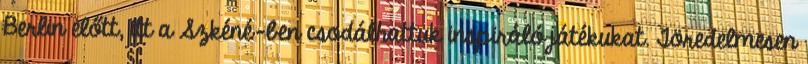
Berlin előtt, itt a Szkéné-ben csodálhattuk inspiráló játékukat. Töredelmesen